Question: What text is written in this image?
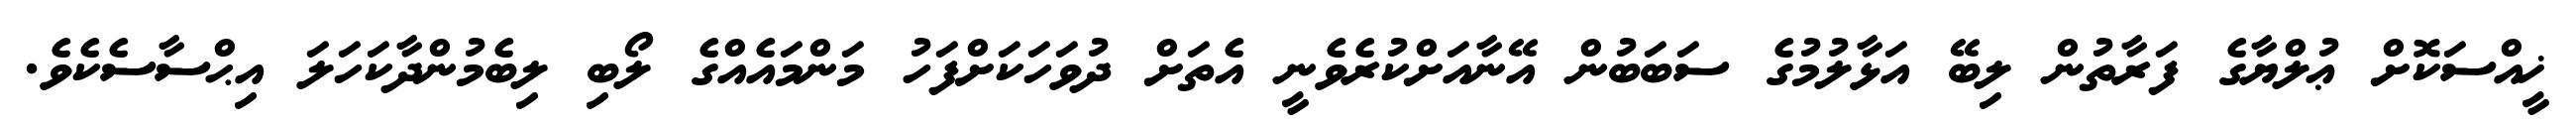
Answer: ޚީއްސަކޮށް ޢުލްޔާގެ ފަރާތުން ލިބޭ އަޅާލުމުގެ ސަބަބުން އޭނާއަށްކުރެވެނީ އެތަށް ދުވަހަކަށްފަހު މަންމައެއްގެ ލޯބި ލިބެމުންދާކަހަލަ އިޙްސާސެކެވެ.